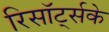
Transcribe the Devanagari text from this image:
रिसॉर्ट्सके